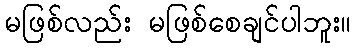
မဖြစ်လည်း မဖြစ်စေချင်ပါဘူး။